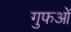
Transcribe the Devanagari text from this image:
गुफओं